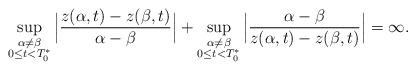
LaTeX: \begin{align*} \sup_{\substack{\alpha\neq \beta\\ 0\leq t<T_0^*}}\Big |\frac{z(\alpha,t)-z(\beta,t)}{\alpha-\beta}\Big|+\sup_{\substack{\alpha\neq \beta\\ 0\leq t<T_0^*}}\Big |\frac{\alpha-\beta}{z(\alpha,t)-z(\beta,t)}\Big|=\infty.\end{align*}